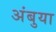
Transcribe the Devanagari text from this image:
अंबुया